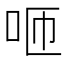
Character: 咂